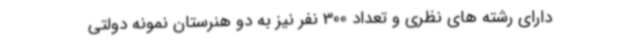
دارای رشته های نظری و تعداد 300 نفر نیز به دو هنرستان نمونه دولتی